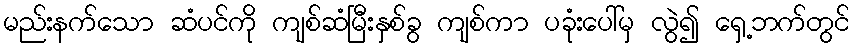
မည်းနက်သော ဆံပင်ကို ကျစ်ဆံမြီးနှစ်ခွ ကျစ်ကာ ပခုံးပေါ်မှ လွဲ၍ ရှေ့ဘက်တွင်